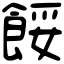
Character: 餒